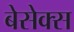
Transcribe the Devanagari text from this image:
बेसेक्स